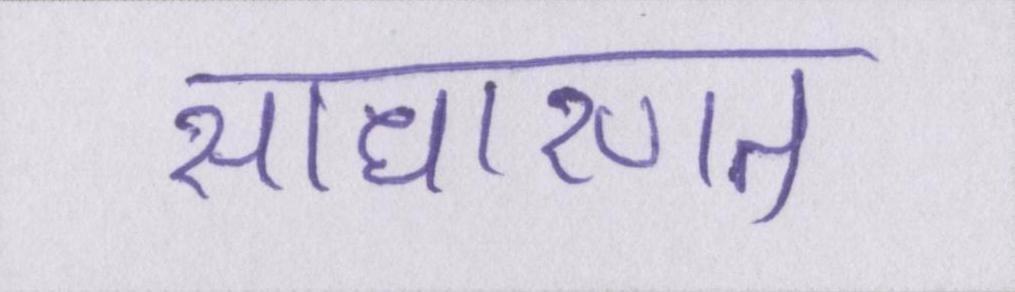
साधारणत